Senior Leaving Certificate Examination (including Day School Certificate (Higher) General paper), 1948
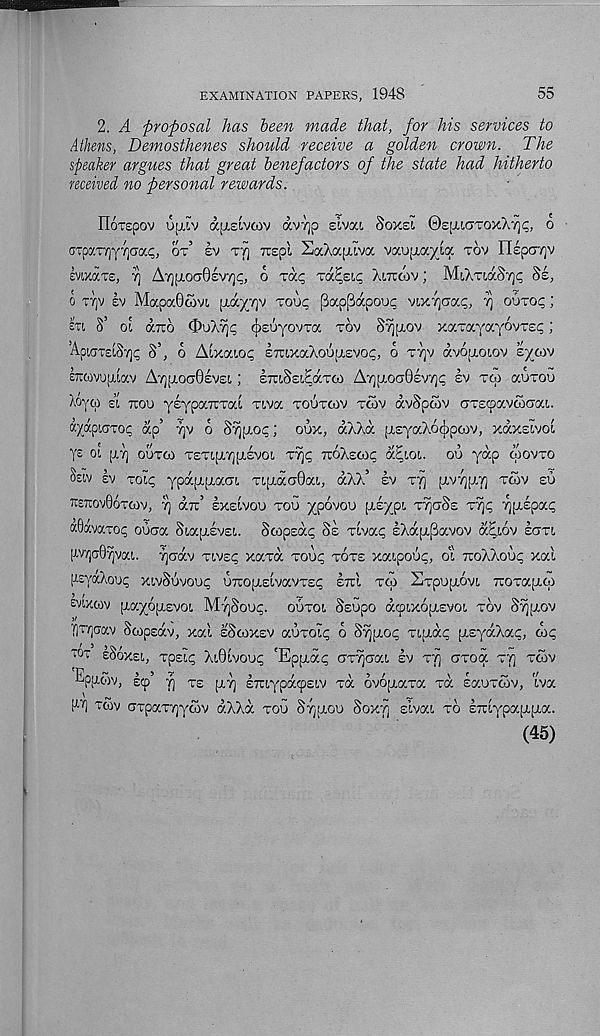
EXAMINATION PAPERS, 1948
55
2. A proposal has been made that, for his services to
Athens, Demosthenes should receive a golden crown. The
speaker argues that great benefactors of the state had hitherto
received no personal rewards.
HoTSpOV Ufilv dllcLVGJV dvYjO sIvOX SoX£I ©qXLGTQX AV^, 6
(jxpj.Tri'f'rprj.c, ot’ sv tt] 7T£pi £aXapuva vaopia^La TOV nipoTjv
lvtx«T£, rj A'/][JLOCT0£vrjP, o Tap Ta^£i,i; Xotcov ; MlXTldSyjp Se,
o ttjv ev MapaOwvt, [xdx 7 l v ' ro^ Pap^dcpoyc vix'rjaccc;, •/] outo<; ;
lit S’ oE diro OoX% (j)£uyovTa tov
xocTayayovTEp;
’AptCTTClSyjp S’, 6 AlKOCLOC £7UXaXoU(X£VOp, 6 T7]V dvopioiov BXOdV
£7i6)VU[XiaV A“/][XOa0£V£L ; ETuSeL^OCTCO A7][XO(70£V7)<; £V TCp aUTOU
Xoyco si now yEyparcxod nva toutoiv tcov dvSpcov crrEcpavcocrat,.
P/ipioroc dp’ Yjv o S^xo?; oux, dXXd (XEyaXo^poov, xdxswoi
Y £
[TV] OUTOO TETip/qplEVOl T^C, TTOXECOp d^LOl. 00 ydp 0)0VTO
Ssw Iv TOip ypapipiaar Ti[xaa0a!,, dXX’ ev
fxVTjptv) roiv eu
TCTUOV06tO)V, V] dx’ EXEIVOU TOO XP^VOO [XEypi TVjoSE TTjP X[X£pap
aOdvarop ooaa SiapiEVEi. ScopEap Se Tivap IXd[x(3avov d.Eiov saxt,
pvjaQ^voa. 7](rdv tivep xaxd too<; tote xaipoop, ot TtoXXoop xal
l-lEydXoUp XlvSlJVOOp OTCO[X£lVaVT£p E7U TCp STpOfXOVl, TUOTaptfp
£ vixwv [Tayopievoi M"/]Soop. ootol Ssopo dtpixopiEvoi tov Sv][i,ov
v]~v](jav Swpsdv, xal ISoixev aoxolp 6 S^xop Ti[xdp [xsydXac, dip
"°t eSoxei, Tpsip Xi0lvoop 'Epjxdp CTTyjaai ev tv) ciTod tv] tcov
Ep[xcov, scp’ fj te [XT] ETaypdcpELV xd dvojxaxa xd saoxcov, 'ivy.
[TV] xcov axpaTvjycov dXXd too Sr ; [xoo Soxy sivax to Exlypajxfxa.
(45)